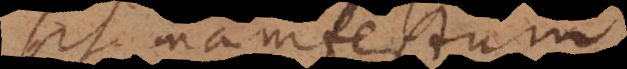
sit manifestum.